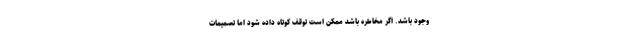
وجود باشد. اگر مخاطره باشد ممکن است توقف کوتاه داده شود اما تصمیمات